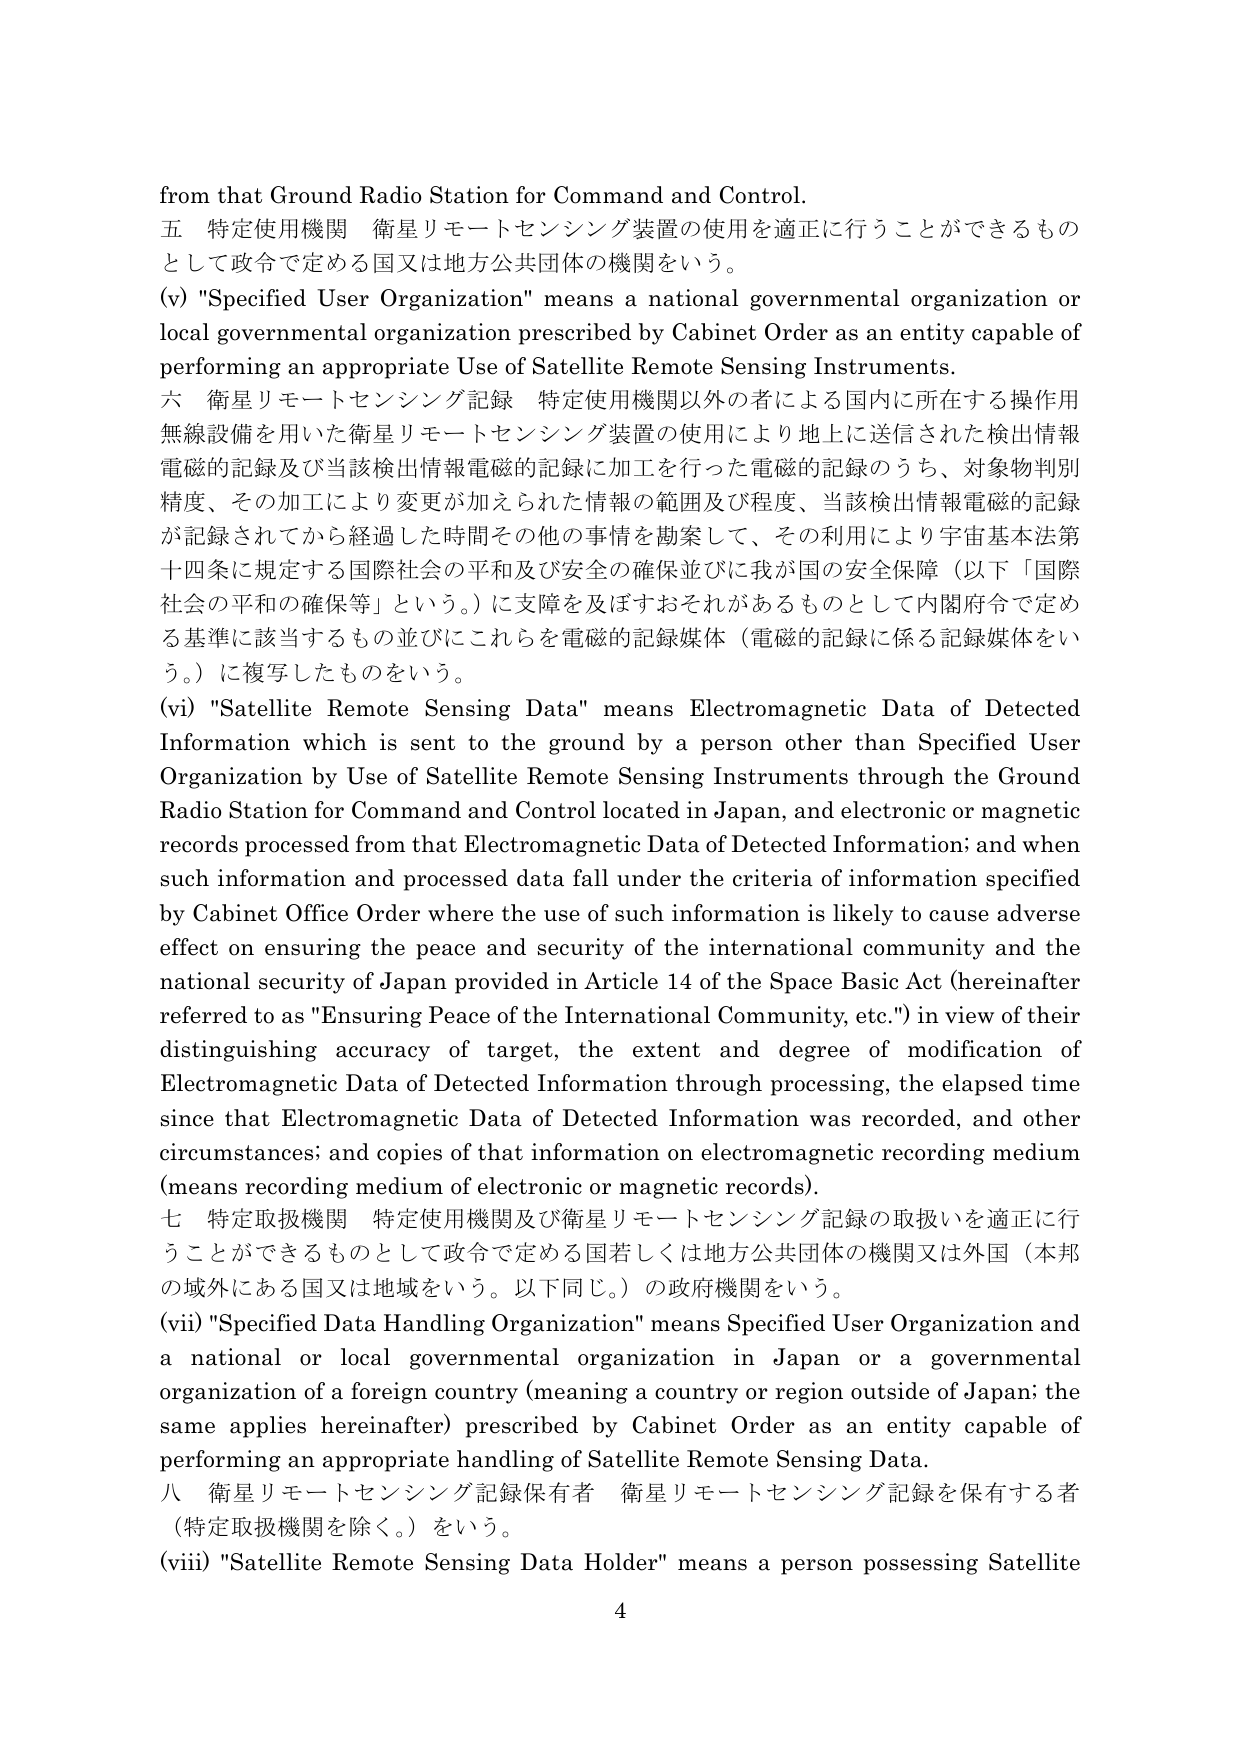
from that Ground Radio Station for Command and Control.

五 特定使用機関 衛星リモートセンシング装置の使用を適正に行うことができるものとして政令で定める国又は地方公共団体の機関をいう。

(v) "Specified User Organization" means a national governmental organization or local governmental organization prescribed by Cabinet Order as an entity capable of performing an appropriate Use of Satellite Remote Sensing Instruments.

六 衛星リモートセンシング記録 特定使用機関以外の者による国内に所在する操作用無線設備を用いた衛星リモートセンシング装置の使用により地上に送信された検出情報電磁的記録及び当該検出情報電磁的記録に加工を行った電磁的記録のうち、対象物判別精度、その加工により変更が加えられた情報の範囲及び程度、当該検出情報電磁的記録が記録されてから経過した時間その他の事情を勘案して、その利用により宇宙基本法第十四条に規定する国際社会の平和及び安全の確保並びに我が国の安全保障（以下「国際社会の平和の確保等」という。）に支障を及ぼすおそれがあるものとして内閣府令で定める基準に該当するもの並びにこれらを電磁的記録媒体（電磁的記録に係る記録媒体をいう。）に複写したものという。

(vi) "Satellite Remote Sensing Data" means Electromagnetic Data of Detected Information which is sent to the ground by a person other than Specified User Organization by Use of Satellite Remote Sensing Instruments through the Ground Radio Station for Command and Control located in Japan, and electronic or magnetic records processed from that Electromagnetic Data of Detected Information; and when such information and processed data fall under the criteria of information specified by Cabinet Office Order where the use of such information is likely to cause adverse effect on ensuring the peace and security of the international community and the national security of Japan provided in Article 14 of the Space Basic Act (hereinafter referred to as "Ensuring Peace of the International Community, etc.") in view of their distinguishing accuracy of target, the extent and degree of modification of Electromagnetic Data of Detected Information through processing, the elapsed time since that Electromagnetic Data of Detected Information was recorded, and other circumstances; and copies of that information on electromagnetic recording medium (means recording medium of electronic or magnetic records).

七 特定取扱機関 特定使用機関及び衛星リモートセンシング記録の取扱いを適正に行うことができるものとして政令で定める国若しくは地方公共団体の機関又は外国（本邦の域外にある国又は地域をいう。以下同じ。）の政府機関をいう。

(vii) "Specified Data Handling Organization" means Specified User Organization and a national or local governmental organization in Japan or a governmental organization of a foreign country (meaning a country or region outside of Japan; the same applies hereinafter) prescribed by Cabinet Order as an entity capable of performing an appropriate handling of Satellite Remote Sensing Data.

八 衛星リモートセンシング記録保有者 衛星リモートセンシング記録を保有する者（特定取扱機関を除く。）をいう。

(viii) "Satellite Remote Sensing Data Holder" means a person possessing Satellite

4